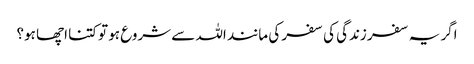
اگر یہ سفر زندگی کی سفر کی مانند اللہ سے شروع ہو تو کتنا اچھا ہو؟